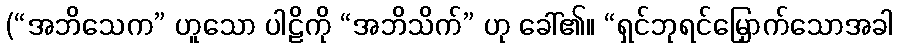
(“အဘိသေက” ဟူသော ပါဠိကို “အဘိသိက်” ဟု ခေါ်၏။ “ရှင်ဘုရင်မြှောက်သောအခါ